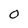
Character: 0